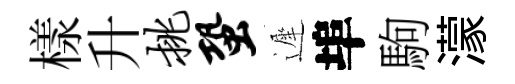
樣升挑蛩遲埠駒濛